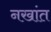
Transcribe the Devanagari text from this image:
नखांत